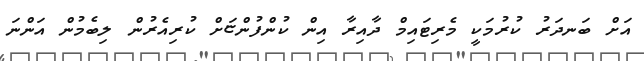
އަށް ބަނދަރު ކުރުމަކީ މެރިޓައިމް ދާއިރާ އިން ކުންފުންޏަށް ކުރިއެރުން ލިބެމުން އަންނަ